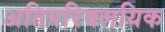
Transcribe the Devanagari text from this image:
अतिपरिवलयिक